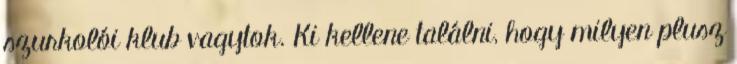
szurkolói klub vagytok. Ki kellene találni, hogy milyen plusz